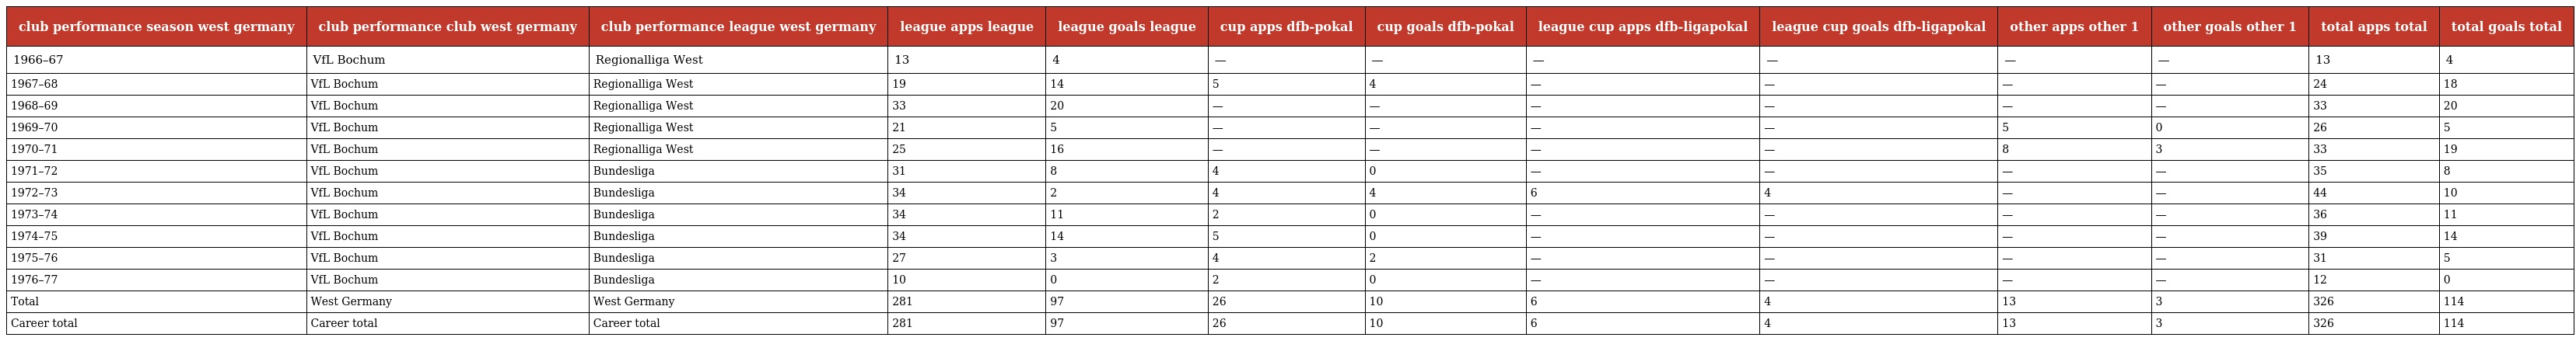
| club performance season west germany | club performance club west germany | club performance league west germany | league apps league | league goals league | cup apps dfb-pokal | cup goals dfb-pokal | league cup apps dfb-ligapokal | league cup goals dfb-ligapokal | other apps other 1 | other goals other 1 | total apps total | total goals total |
 | --- | --- | --- | --- | --- | --- | --- | --- | --- | --- | --- | --- | --- |
 | 1966–67 | VfL Bochum | Regionalliga West | 13 | 4 | — | — | — | — | — | — | 13 | 4 |
 | 1967–68 | VfL Bochum | Regionalliga West | 19 | 14 | 5 | 4 | — | — | — | — | 24 | 18 |
 | 1968–69 | VfL Bochum | Regionalliga West | 33 | 20 | — | — | — | — | — | — | 33 | 20 |
 | 1969–70 | VfL Bochum | Regionalliga West | 21 | 5 | — | — | — | — | 5 | 0 | 26 | 5 |
 | 1970–71 | VfL Bochum | Regionalliga West | 25 | 16 | — | — | — | — | 8 | 3 | 33 | 19 |
 | 1971–72 | VfL Bochum | Bundesliga | 31 | 8 | 4 | 0 | — | — | — | — | 35 | 8 |
 | 1972–73 | VfL Bochum | Bundesliga | 34 | 2 | 4 | 4 | 6 | 4 | — | — | 44 | 10 |
 | 1973–74 | VfL Bochum | Bundesliga | 34 | 11 | 2 | 0 | — | — | — | — | 36 | 11 |
 | 1974–75 | VfL Bochum | Bundesliga | 34 | 14 | 5 | 0 | — | — | — | — | 39 | 14 |
 | 1975–76 | VfL Bochum | Bundesliga | 27 | 3 | 4 | 2 | — | — | — | — | 31 | 5 |
 | 1976–77 | VfL Bochum | Bundesliga | 10 | 0 | 2 | 0 | — | — | — | — | 12 | 0 |
 | Total | West Germany | West Germany | 281 | 97 | 26 | 10 | 6 | 4 | 13 | 3 | 326 | 114 |
 | Career total | Career total | Career total | 281 | 97 | 26 | 10 | 6 | 4 | 13 | 3 | 326 | 114 |